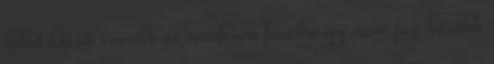
lehet kicsit tovább és rendesen fésülni.gy nem fog később